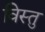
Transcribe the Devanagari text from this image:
विस्तु